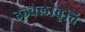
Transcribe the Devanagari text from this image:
उज्वलावृत्ति